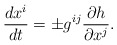
\begin{align*}{dx^{i} \over dt}=\pm g^{ij}{\partial h \over \partial x^{j}}.\end{align*}